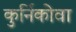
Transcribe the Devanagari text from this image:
कुर्निकोवा